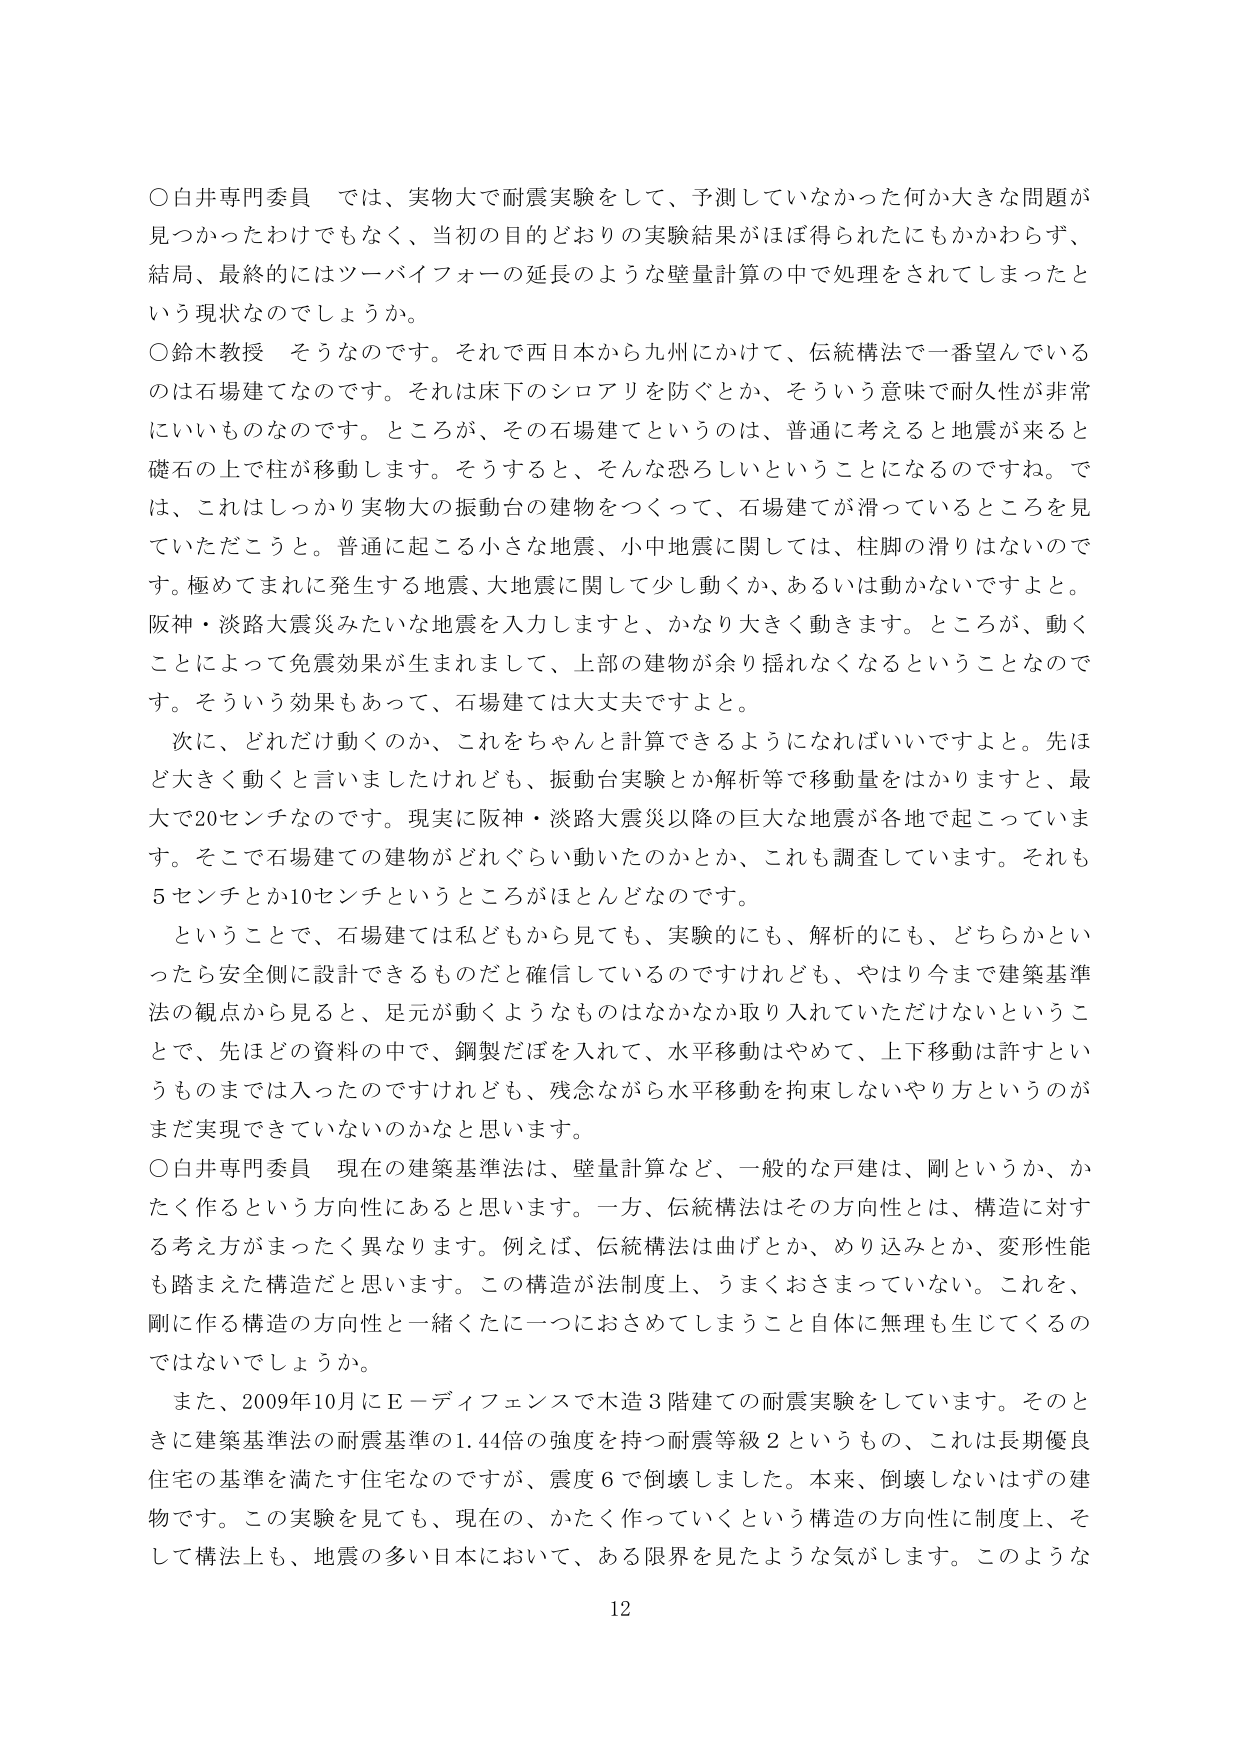
〇白井専門委員　では、実物大で耐震実験をして、予測していなかった何か大きな問題が見つかったわけでもなく、当初の目的どおりの実験結果がほぼ得られたにもかかわらず、結局、最終的にはツーバイフォーの延長のような壁量計算の中で処理をされてしまったという現状なのでしょうか。

〇鈴木教授　そうなのです。それで西日本から九州にかけて、伝統構法で一番望んでいるのは石場建てなのです。それは床下のシロアリを防ぐとか、そういう意味で耐久性が非常にいいものなのです。ところが、その石場建てというのは、普通に考えると地震が来ると礎石の上で柱が移動します。そうすると、そんな恐ろしいということになるのですね。では、これはしっかり実物大の振動台の建物をつくって、石場建てが滑っているところを見ていただこうと。普通に起こる小さな地震、小中地震に関しては、柱脚の滑りはないのです。極めてまれに発生する地震、大地震に関して少し動くか、あるいは動かないですよと。阪神・淡路大震災みたいな地震を入力しますと、かなり大きく動きます。ところが、動くことによって免震効果が生まれまして、上部の建物が余り揺れなくなるということなのです。そういう効果もあって、石場建ては大丈夫ですよと。

　次に、どれだけ動くのか、これをちゃんと計算できるようになればいいですよと。先ほど大きく動くと言いましたけれども、振動台実験とか解析等で移動量をはかりますと、最大で20センチなのです。現実に阪神・淡路大震災以降の巨大な地震が各地で起こっています。そこで石場建ての建物がどれぐらい動いたのかとか、これも調査しています。それも5センチとか10センチというところがほとんどなのです。

　ということで、石場建ては私どもから見ても、実験的にも、解析的にも、どちらかといったら安全側に設計できるものだと確信しているのですけれども、やはり今まで建築基準法の観点から見ると、足元が動くようなものはなかなか取り入れていただけないということで、先ほどの資料の中で、鋼製だぼを入れて、水平移動はやめて、上下移動は許すというものまでは入ったのですけれども、残念ながら水平移動を拘束しないやり方というのがまだ実現できていないのかなと思います。

〇白井専門委員　現在の建築基準法は、壁量計算など、一般的な戸建は、剛というか、かたく作るという方向性にあると思います。一方、伝統構法はその方向性とは、構造に対する考え方がまったく異なります。例えば、伝統構法は曲げとか、めり込みとか、変形性能も踏まえた構造だと思います。この構造が法制度上、うまくおさまっていない。これを、剛に作る構造の方向性と一緒にたに一つにおさめてしまうこと自体に無理も生じてくるのではないでしょうか。

　また、2009年10月にE－ディフェンスで木造3階建ての耐震実験をしています。そのときに建築基準法の耐震基準の1.44倍の強度を持つ耐震等級2というもの、これは長期優良住宅の基準を満たす住宅なのですが、震度6で倒壊しました。本来、倒壊しないはずの建物です。この実験を見ても、現在の、かたく作っていくという構造の方向性に制度上、そして構法上も、地震の多い日本において、ある限界を見たような気がします。このような

12